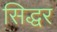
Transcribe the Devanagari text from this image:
सिद्धर